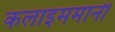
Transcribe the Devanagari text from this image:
कलाइममानी